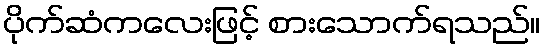
ပိုက်ဆံကလေးဖြင့် စားသောက်ရသည်။